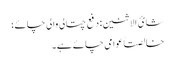
شائ الاثنین: دفع چتالی والی چائے؛
خالصتاً عوامی چائے ہے۔